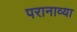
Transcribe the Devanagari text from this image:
परानाव्या